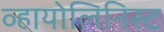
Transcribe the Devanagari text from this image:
व्हायोलिनिस्ट